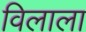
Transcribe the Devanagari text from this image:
विलाला